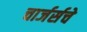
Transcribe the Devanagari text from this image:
चार्जर्सचे